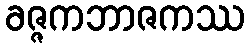
ခဇ္ဇကဘာဇကဿ